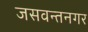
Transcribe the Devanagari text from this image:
जसवन्तनगर